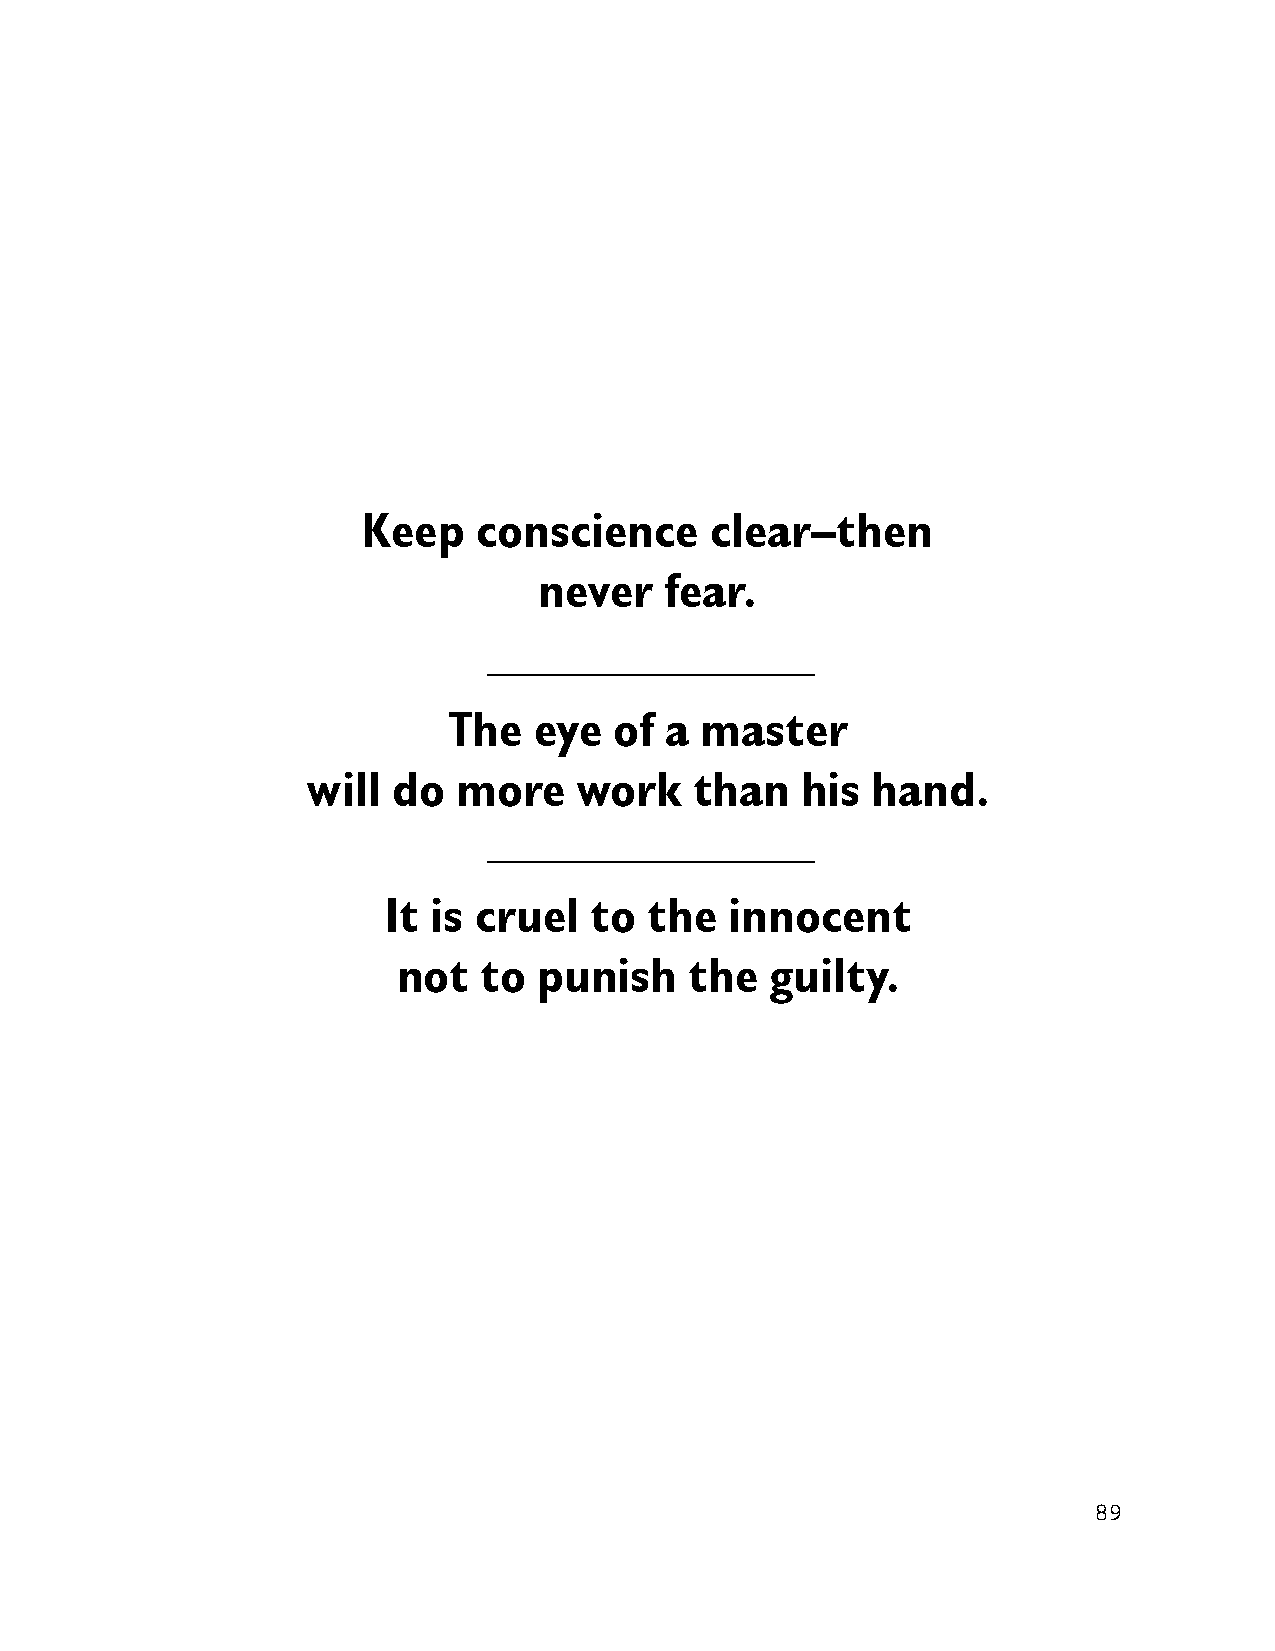
Keep    conscience     clear–then
 never   fear.
 The  eye   of a master
 will  do  more    work    than   his  hand.
 It  is cruel  to  the  innocent
 not   to  punish    the  guilty.
 89